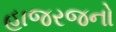
હાજરજનો